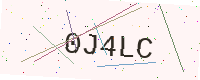
Text: 0J4LC